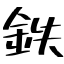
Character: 鉄